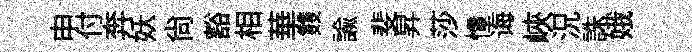
申付奔妖尚豁相華䨇諭斐昇莎憧诲峽況誅娥